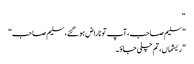
“
”سلیم صاحب، آپ تو ناراض ہو گئے، سلیم صاحب“
”ریشماں، تم چلی جاؤ۔